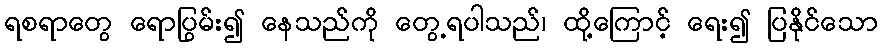
ရစရာတွေ ရောပြွမ်း၍ နေသည်ကို တွေ့ရပါသည်၊ ထို့ကြောင့် ရေး၍ ပြနိုင်သော